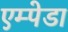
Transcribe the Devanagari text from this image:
एम्पेडा